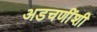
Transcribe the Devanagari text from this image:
अडचणींशी